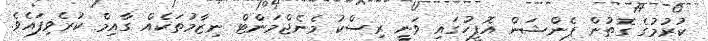
ކުރުމުގެ ގޮތުން ޕެންޝަން އޮފީހުގައި ވަނީ ރިސްކު މެނެޖްމަންޓް ނިޒާމުތަކެއް ގާއިމް ކުރެވިފައެވެ.